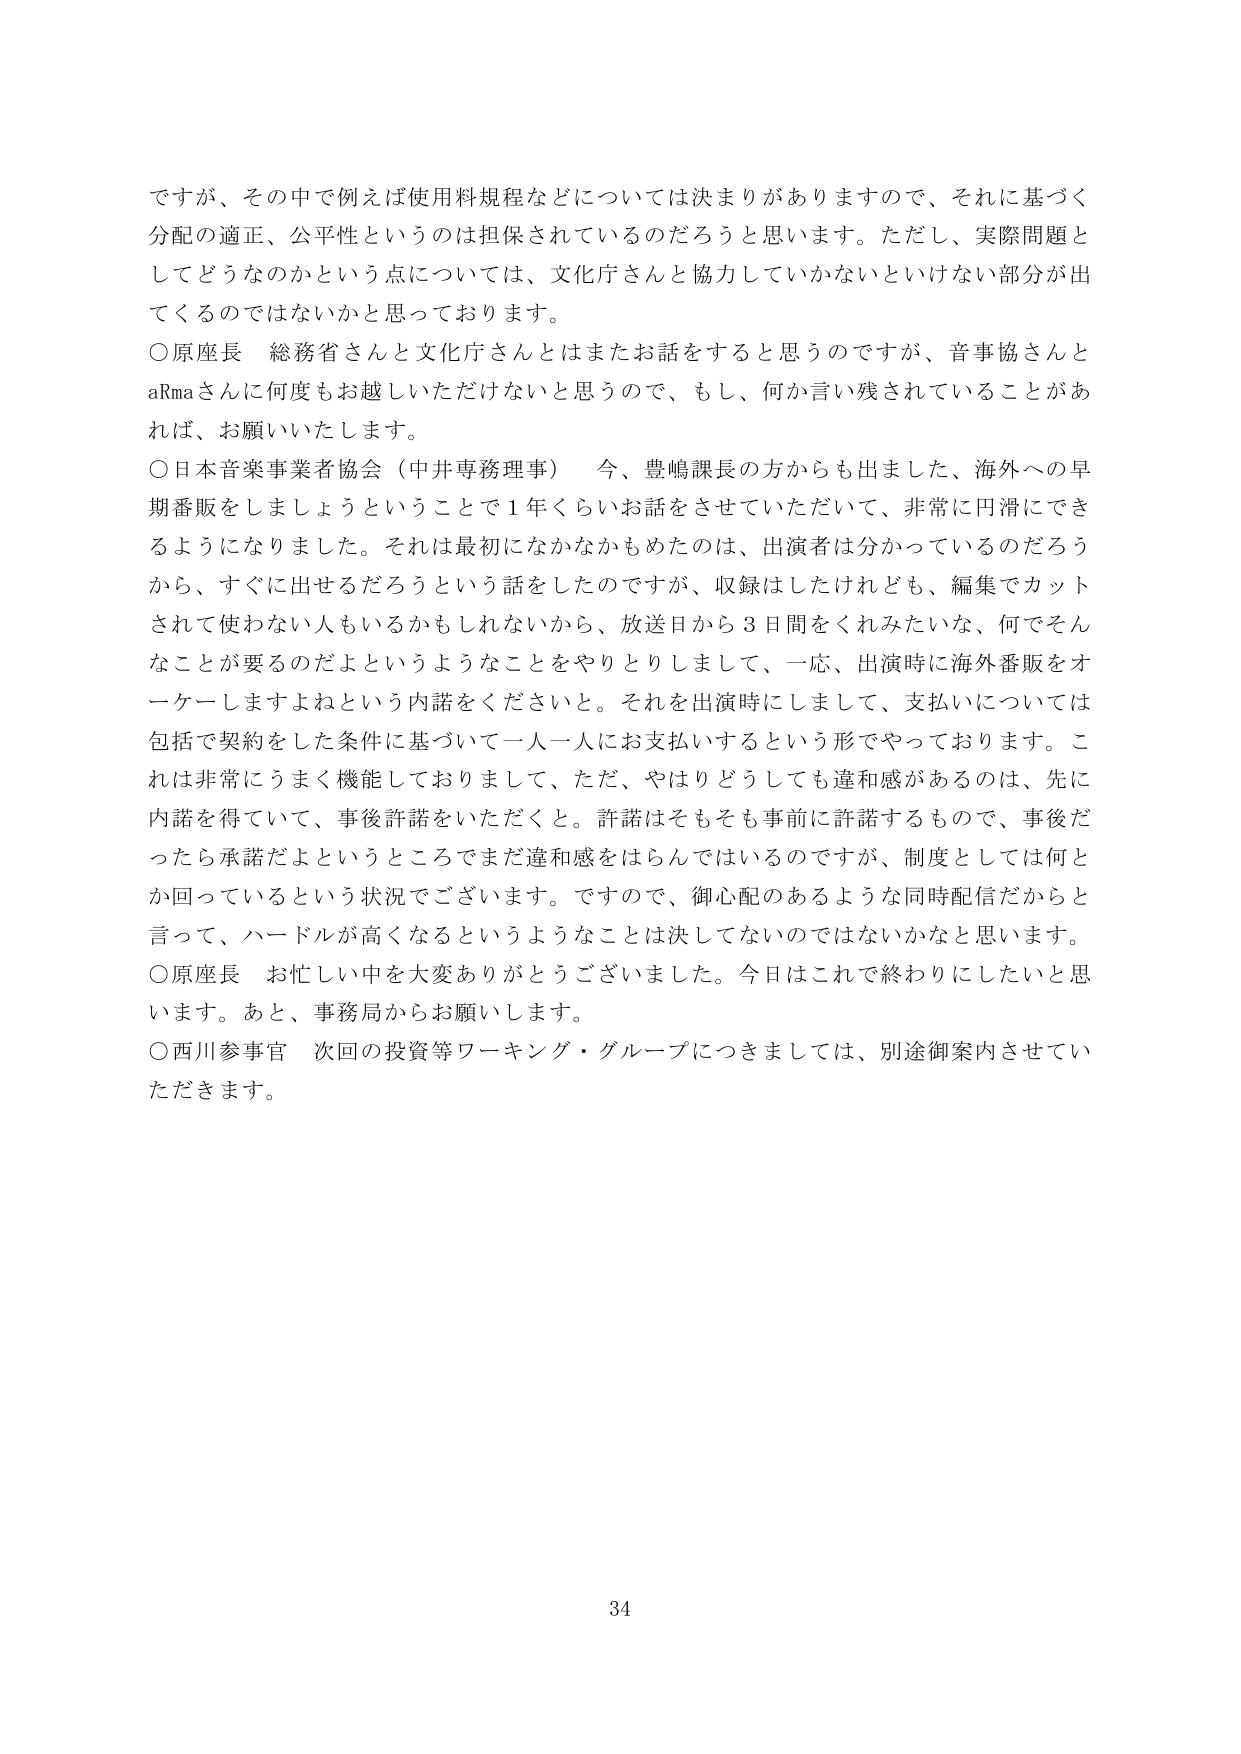
ですが、その中で例えば使用料規程などについては決まりがありますので、それに基づく分配の適正、公平性というのは担保されているのだろうと思います。ただし、実際問題としてどうなのかという点については、文化庁さんと協力していかないといけない部分が出てくるのではないかと思っております。

○原座長 総務省さんと文化庁さんとはまたお話をすると思うのですが、音事協さんとaRmaさんに何度もお越しいただけないと思うので、もし、何か言い残されていることがあれば、お願いいたします。

○日本音楽事業者協会（中井専務理事） 今、豊嶋課長の方からも出ました、海外への早期番販をしましょうということで1年くらいお話をさせていただいて、非常に円滑にできるようになりました。それは最初になかなかもめたのは、出演者は分かっているのだろうから、すぐに出せるだろうという話をしたのですが、収録はしたけれども、編集でカットされて使わない人もいるかもしれないから、放送日から3日間をくれみたいな、何でそんなことが要るのだよというようなことをやりとりしまして、一応、出演時に海外番販をオーケーしますよねという内諾をくださいと。それを出演時にしまして、支払いについては包括で契約をした条件に基づいて一人一人にお支払いするという形でやっております。これ是非常にうまく機能しておりまして、ただ、やはりどうしても違和感があるのは、先に内諾を得ていて、事後許諾をいただくと。許諾はそもそも事前に許諾するもので、事後だったら承諾だよというところですまだ違和感をはらんでいるのですが、制度としては何か回っているという状況でございます。ですので、御心配のあるような同時配信だからと言って、ハードルが高くなるというようなことは決してないのではないかと思います。

○原座長 お忙しい中を大変ありがとうございました。今日はこれで終わりにしたいと思います。あと、事務局からお願いします。

○西川参事官 次回の投資等ワーキング・グループにつきましては、別途御案内させていただきます。

34